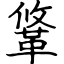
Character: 䩦